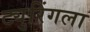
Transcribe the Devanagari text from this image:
ट्युरिंगला